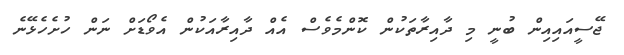
ޖޭސީއައިއިން ބުނީ މި ދާއިރާތަކުން ކޮންމެވެސް އެއް ދާއިރާއަކުން އެވޯޑަށް ނަން ހުށެހެޅޭނެ